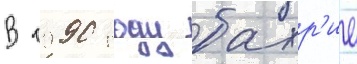
В 1990 году бахр'ие